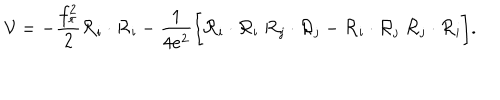
{ \cal V } = - { \frac { f _ { \pi } ^ { 2 } } { 2 } } { \cal R } _ { \mathrm { i } } \cdot { \cal R } _ { \mathrm { i } } - { \frac { 1 } { 4 e ^ { 2 } } } \biggl [ { \cal R } _ { \mathrm { i } } \cdot { \cal R } _ { \mathrm { i } } \; { \cal R } _ { \mathrm { j } } \cdot { \cal R } _ { \mathrm { j } } - { \cal R } _ { \mathrm { i } } \cdot { \cal R } _ { \mathrm { j } } \; { \cal R } _ { \mathrm { j } } \cdot { \cal R } _ { \mathrm { i } } \biggr ] .